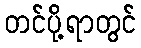
တင်ပို့ရာတွင်